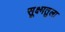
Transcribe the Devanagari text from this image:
सूक्ष्मतुला